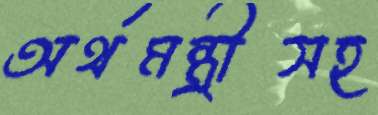
অর্থমন্ত্রীসহ